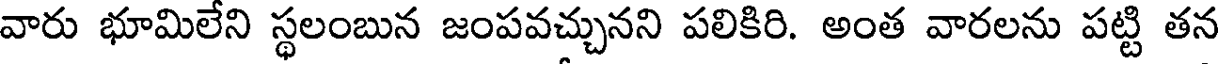
వారు భూమిలేని స్థలంబున జంపవచ్చునని పలికిరి. అంత వారలను పట్టి తన